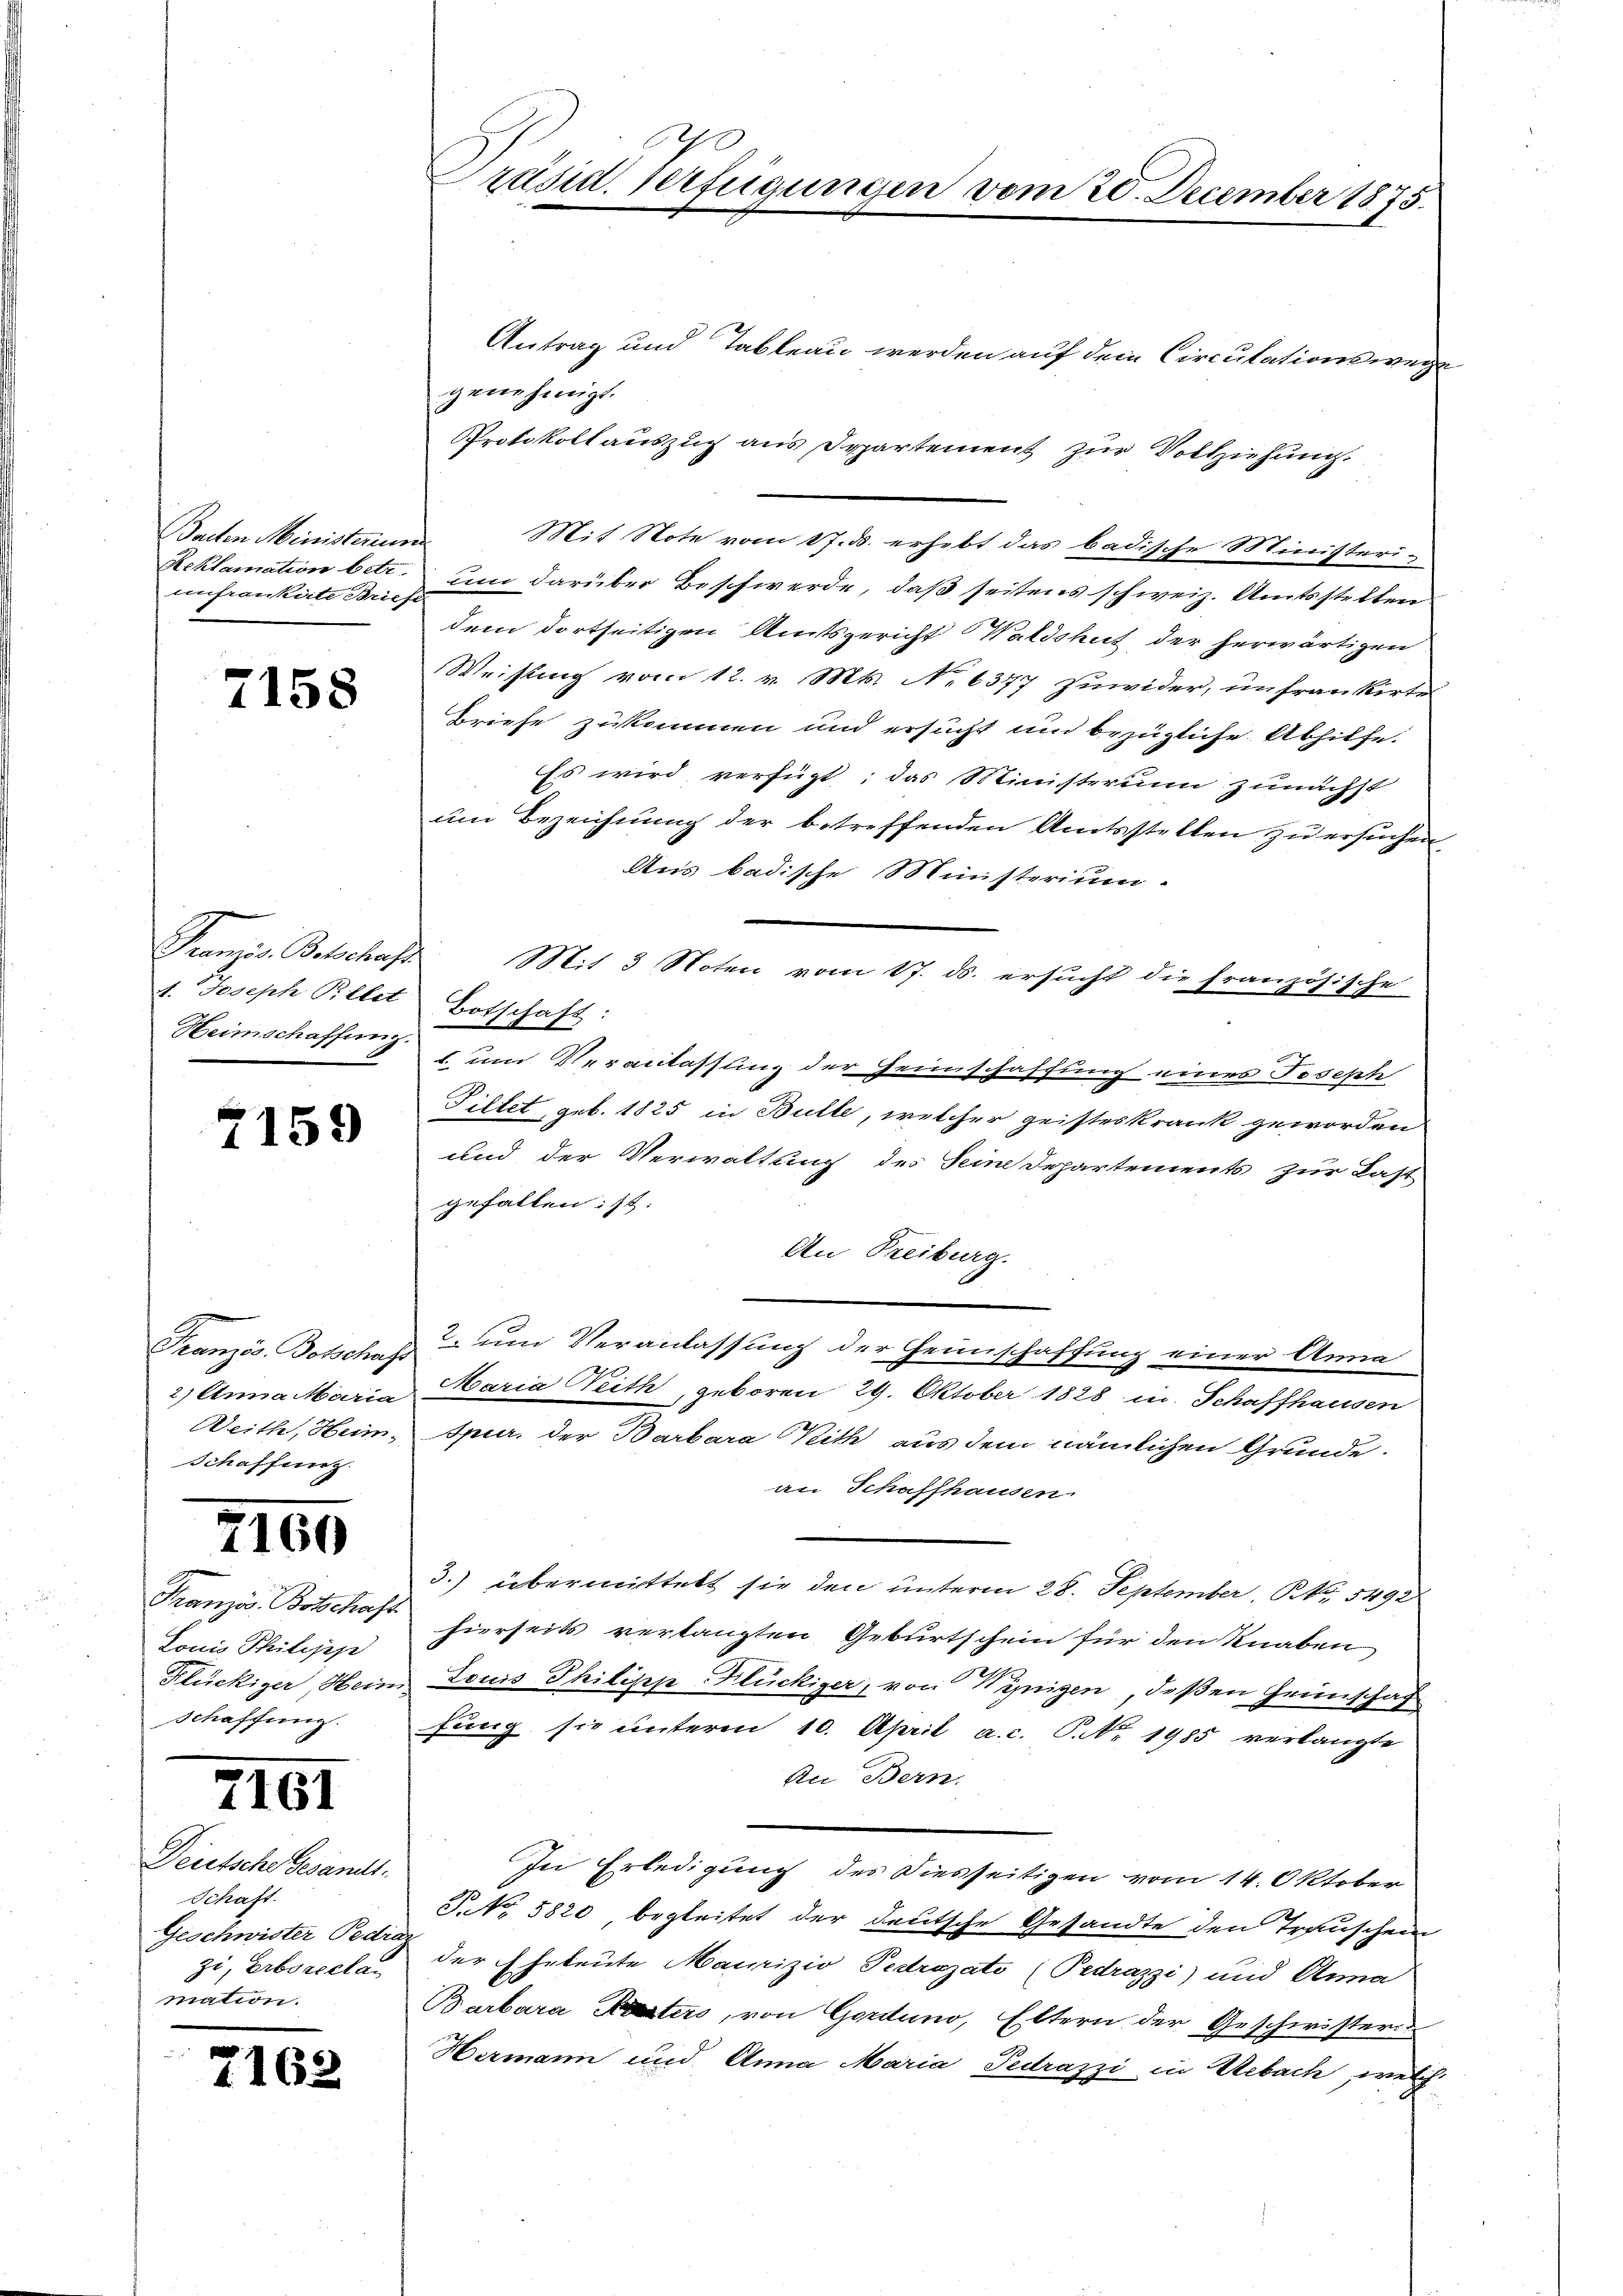
Bacten Ministerium
enfrankeite Briefe

7158

1. Joseph Pillet
Heimschaffung.

7159

2.) Anna Maria
Weith, Heim,
Schaffung.

ZI60

Französ. Botschaft
Louis Philipp
Flückiger, Hein
Schaffung.

7161

Deutsche Gesandt.
Schaft.
Geschwister Pedia
zi, Erbsreclar
mation.

2

652

räsid. Verfügungen vom 20. December 1875.

Antrag und Tableau werden auf dem Circulationswege
genehmigt.
Protokollauszug aus Departement zur Vollziehung.
Mit Note vom 17. ds. erhebt das badische Ministeri¬
Reklamation betr. um darüber Beschwerde, daß seitens schweiz. Amtsstellen
dem dortseitigen Amtsgericht Waldshut der herwärtigen
Weisung vom 12. v. Mts. No 6377 zuwider, unfrankirten
Briefe zukommen und ersucht und bezügliche Abhilfe.
Es wird verfügt; das Ministerium zunächst
um Bezeichnung der betreffenden Amtsstellen zu ersuchen.
Aus badische Ministerium.
Französ. Betschaft. Mit 3 Noten vom 17. ds. ersucht die französische
Botschaft:
1 um Veranlassung der Heinschaffung eines Joseph
Filtet geb. 1825 in Bulle, welcher geisteskrank geworden
und der Verwaltung des Seine Departements zur Last
gefallen: 14:
An Freiburg.
Französ. Botsches um Veranlassung der Heimschaffung einer Anna
Maria Reith, geboren 29. Oktober 1828 in Schaffhausen
Spur, der Barbara Kith aus dem nämlichen Grunde.
an Schaffhausen.
3.) übermittelt sie den unterm 28. September 1. 5492
hierseits verlangten Geburtschein für den Knaben
Louis Philisch Flückiger, von Winigen, deßen Grünschaf
fung sie unterm 10. April a.c. P. Nr. 1985 verlangte
An Bern.
In Erledigung des Diesseitigen vom 14. Oktober
NNo. 5820 begleitet der deutsche Gesandte den Trauschen
der Eheleute Maurizio Pedrazato (Pedrazzi) und Anna
Barbara Festers, von Gorduno, Eltern der Geschwisters
Hermann und Anna Maria Pedrazzi in Gebach, welch